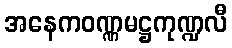
အနေကဝဏ္ဏမဋ္ဌကုဏ္ဍလီ